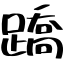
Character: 蹻